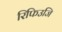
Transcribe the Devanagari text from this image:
रिफिउजि